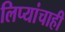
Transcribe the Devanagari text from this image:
लिप्यांचाही